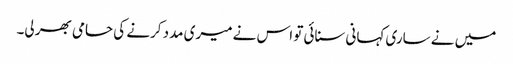
میں نے ساری کہانی سنائی تو اس نے میری مدد کرنے کی حامی بھر لی۔